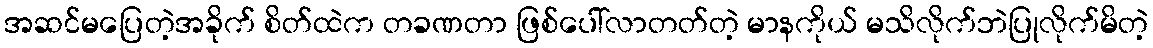
အဆင်မပြေတဲ့အခိုက် စိတ်ထဲက တခဏတာ ဖြစ်ပေါ်လာတတ်တဲ့ မာနကိုယ် မသိလိုက်ဘဲပြုလိုက်မိတဲ့